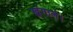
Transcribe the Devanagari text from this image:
खंगाले।